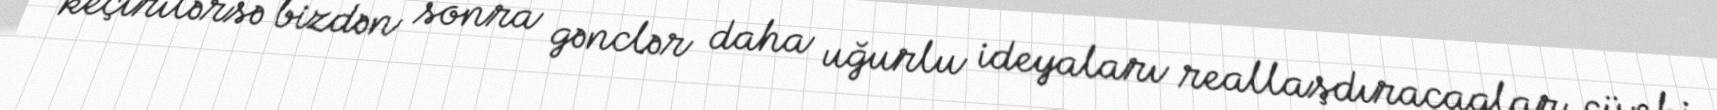
keçirilərsə bizdən sonra gənclər daha uğurlu ideyaları reallaşdıracaqlar, çünki